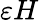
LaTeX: \varepsilon H